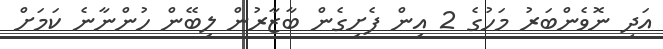
އަދި ނޮވެންބަރު މަހުގެ 2 އިން ފެށިގެން ބާޒާރުން ލިބޭން ހުންނާނެ ކަމަށް